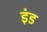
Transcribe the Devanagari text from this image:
इंड